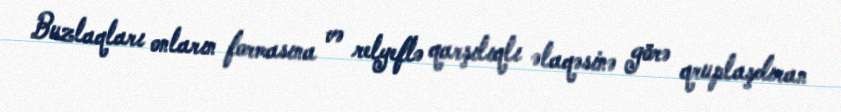
Buzlaqları onların formasına və relyeflə qarşılıqlı əlaqəsinə görə qruplaşdıran